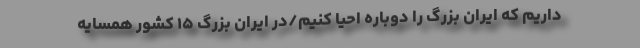
داریم که ایران بزرگ را دوباره احیا کنیم/در ایران بزرگ ۱۵ کشور همسایه